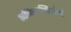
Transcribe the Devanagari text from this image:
अभिव्यक्तिशैली